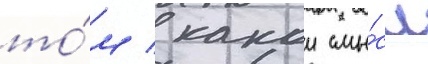
то́м / какои смы́сл